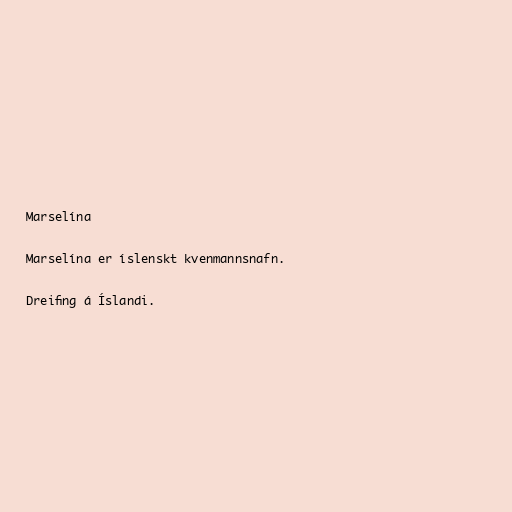
Marselína

Marselína er íslenskt kvenmannsnafn.

Dreifing á Íslandi.